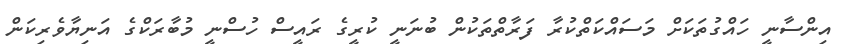
އިންސާނީ ހައްގުތަކަށް މަސައްކަތްކުރާ ފަރާތްތަކުން ބުނަނީ ކުރީގެ ރައީސް ހުސްނީ މުބާރަކްގެ އަނިޔާވެރިކަން